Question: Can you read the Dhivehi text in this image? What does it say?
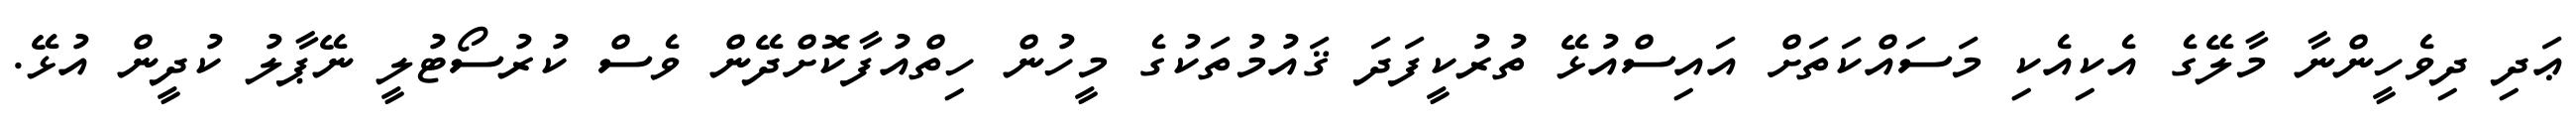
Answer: ޢަދި ދިވެހީންނާ މާލޭގެ އެކިއެކި މަސައްކަތަށް އައިސްއުޅޭ ތުރުކީފަދަ ޤައުމުތަކުގެ މީހުން ހިތްއުފާކޮށްދޭން ވެސް ކުރުސޯޓުލީ ނޭޕާލު ކުދީން އުޅޭ.